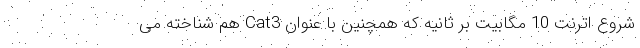
شروع اترنت 10 مگابیت بر ثانیه که همچنین با عنوان Cat3 هم شناخته می